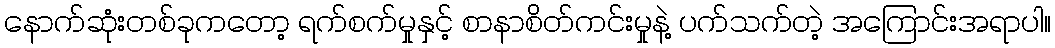
နောက်ဆုံးတစ်ခုကတော့ ရက်စက်မှုနှင့် စာနာစိတ်ကင်းမှုနဲ့ ပက်သက်တဲ့ အကြောင်းအရာပါ။